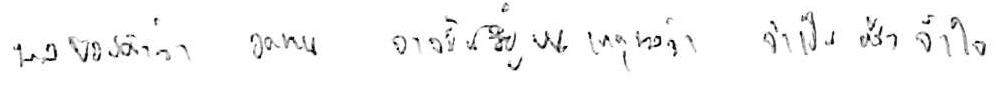
ผลของคำว่า อดทน อาจขึ้นอยู่บนเหตุผลว่า จำเป็น หรือ จำใจ